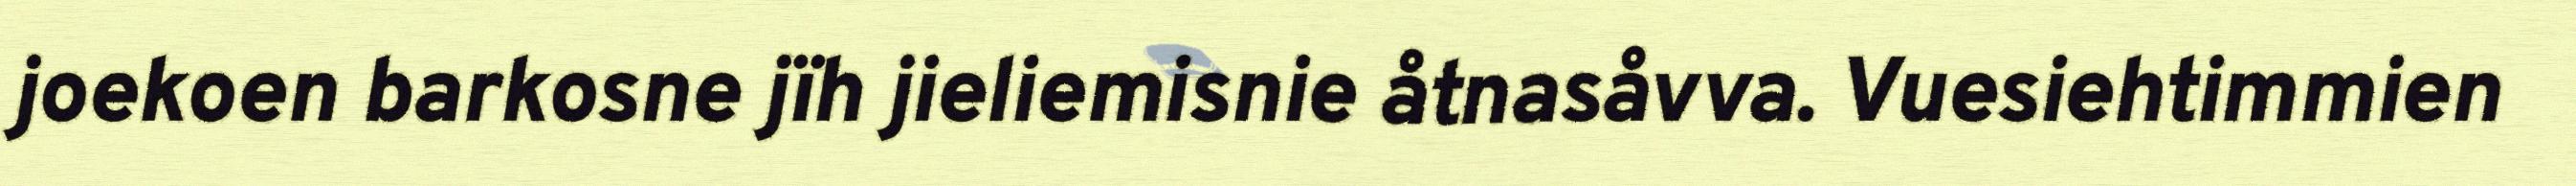
joekoen barkosne jïh jieliemisnie åtnasåvva. Vuesiehtimmien